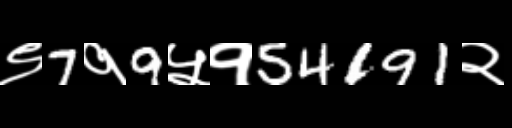
Text: ९7१9५१54191२